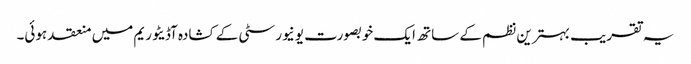
یہ تقریب بہترین نظم کے ساتھ ایک خوبصورت یونیورسٹی کے کشادہ آڈیٹوریم میں منعقد ہوئی۔